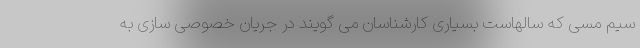
سیم مسی که سالهاست بسیاری کارشناسان می گویند در جریان خصوصی سازی به